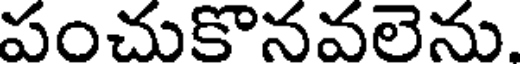
పంచుకొనవలెను.